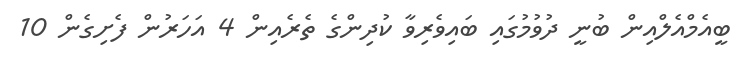
ބީއެމްއެލްއިން ބުނީ ދުވުމުގައި ބައިވެރިވާ ކުދިންގެ ތެރެއިން 4 އަހަރުން ފެށިގެން 10